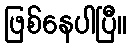
ဖြစ်နေပါပြီ။